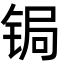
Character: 锔